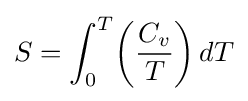
S=\int _{0}^{T}\!\left({\frac {C_{v}}{T}}\right)dT